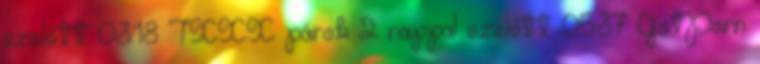
ezelőtt 03:18 TXXX párok 2 nappal ezelőtt 05:37 GotPorn